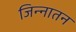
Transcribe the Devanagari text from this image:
जिन्नातन